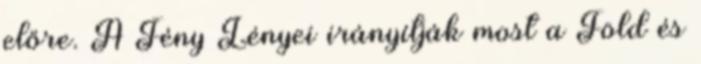
előre. A Fény Lényei irányítják most a Föld és